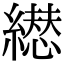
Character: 𦅋